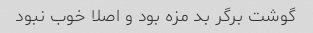
گوشت برگر بد مزه بود و اصلا خوب نبود